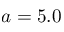
a = 5 . 0